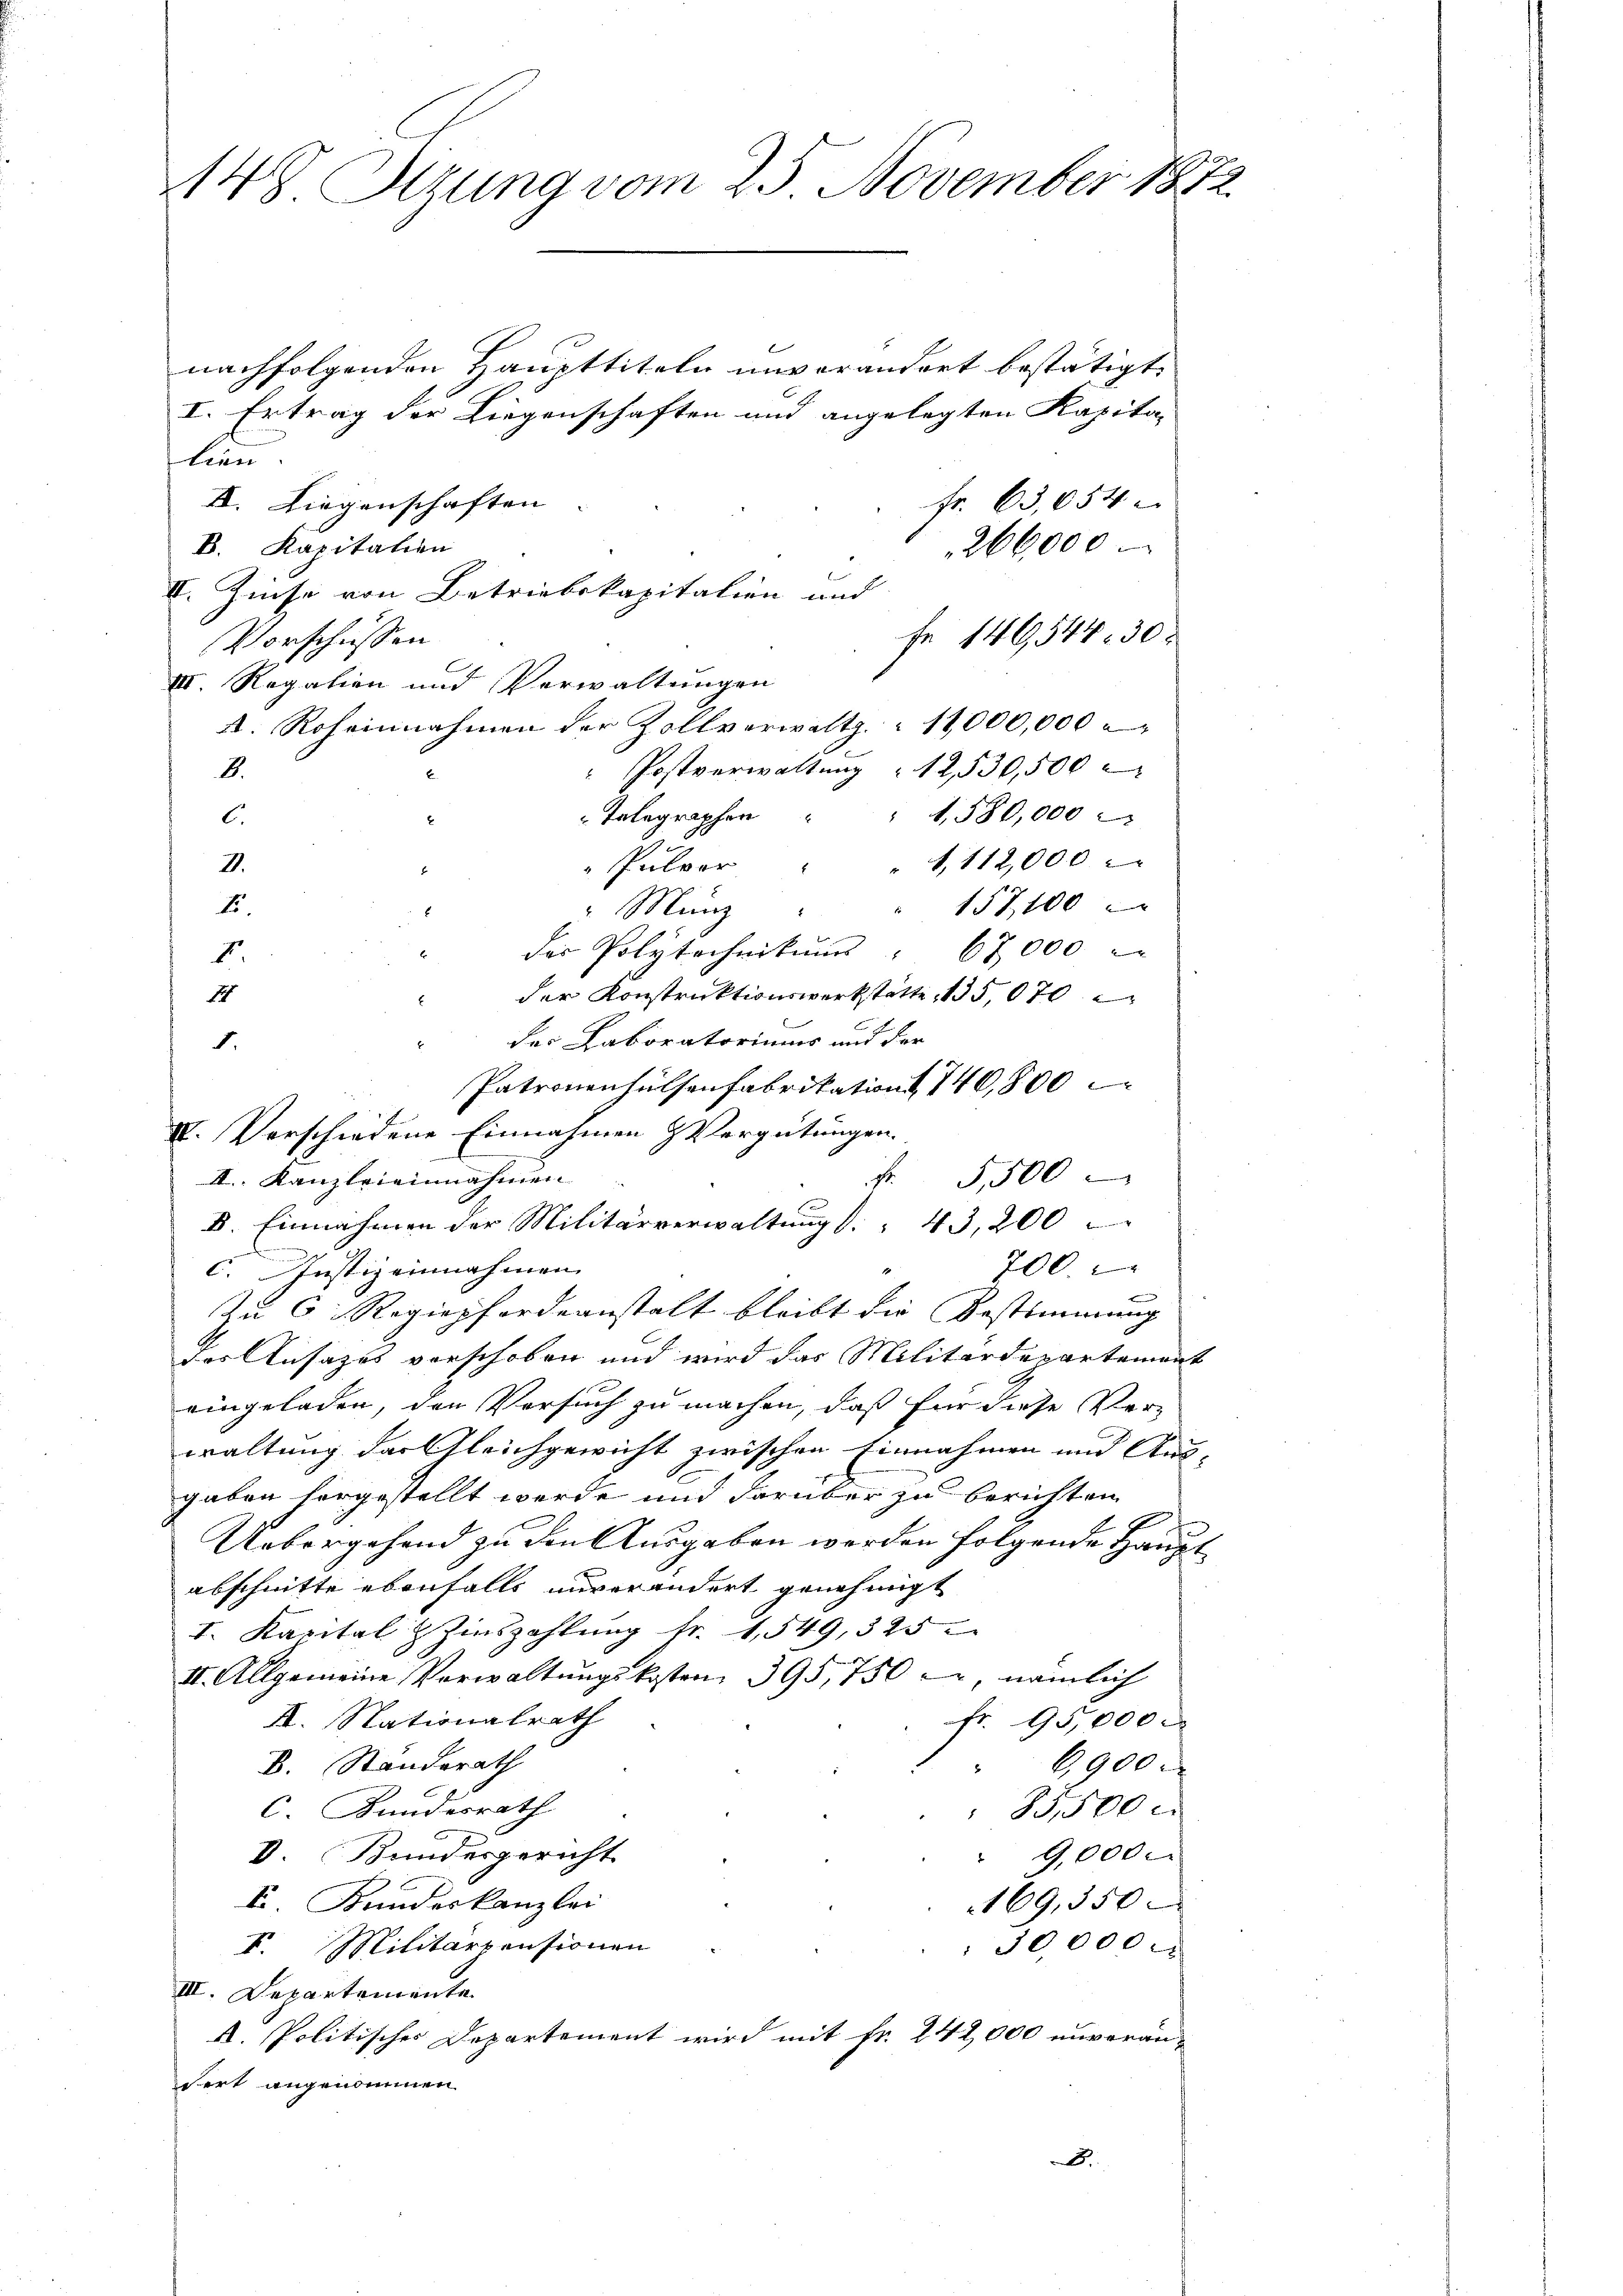
148. Stung vom 25. November 1872

nachfolgenden Haupttiteln unverändert bestätigt,
I. Ertrag der Liegenschaften und angelegten Kapita-
lien.
II. Liegenschaften |
Fr. 63,654
B. Kapitalien
266,000.
a
fe 149544. 30.
Vorschüssen
III. Regalien und Verwaltungen
A. Roheinnahmen der Zollverwaltz  11,000,000
" Postverwaltŭng 12530,500
.
8.
 Telegraphen " " 1580,000
2
C.
"1,112,000
I.
Pulver
157, 100
E.
 Münz

1
des Polytechnikums: 67,000
x
F.
" der Konstruktionswerkstätte, 135,070
1
des Laboratoriums und der
Patronenhülsenfabrikation 140,800
IVI. Verschiedene Einnahmen Vergütungen.
F 5,500
II. Kanzleieinnahmen
B. Einnahmen der Militärverwaltung d. " 43, 200
700
C. Justiz einnahmen
zu 6 Regiefordeanstalt bleibt die Bestimmung
des Ansages verschoben und wird das Militärdepartemen
eingeladen, den Versuch zu machen, daß für diese Verwaltung der Gleichgewicht zwischen Einnahmen und Aus |
gaben hergestellt werde und darüber zu berichten
Uebergehend zu den Ausgaben werden folgende Hauptabschnitte ebenfalls unverändert genehmigt
I. Kapital Zinszahlŭng fr. 1549, 325
II. Allgemeine Verwaltungskosten 395,750 c, nämlich
A. Nationalrath
fr. 95,000
B. Standerath
6,900
C. Kundesrath
85,500
I Bundesgericht
" 9,000.
F. Kundeskanzlei
169,550
V. Militärpensionen
50,000
III. Departemente
A. Politisches Departement wird mit Fr. 242,000 unveranfort angenommen
.

1.

II. Zinse von Betriebskapitalien und

2